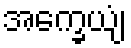
အက္ခေယျံ